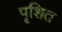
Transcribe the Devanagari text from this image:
पृशित